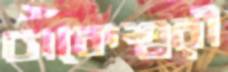
ঢাকেশ্বরী